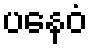
ပနေဝံ